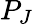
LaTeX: P_{J}